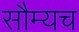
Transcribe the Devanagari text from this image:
सौम्यच